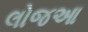
લોજઆ